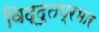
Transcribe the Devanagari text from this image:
विद्दुतप्रभार